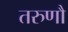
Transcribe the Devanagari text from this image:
तरुणौ